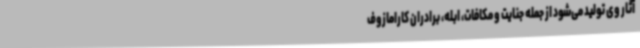
آثار وی تولید می‌شود از جمله جنایت و مکافات، ابله، برادران کارامازوف